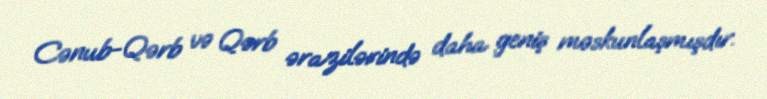
Cənub-Qərb və Qərb ərazilərində daha geniş məskunlaşmışdır.